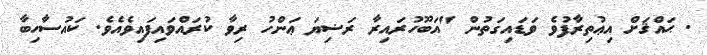
. ޙައްޤަށް އިޢުތިރާފުވެ ވަޑައިގަތުން "އަބޫހުރައިރާ ރަޟިޔަ ޢަންހު ރިވާ ކުރައްވައިފައިވެއެވެ. ކައުސާހިބާ